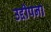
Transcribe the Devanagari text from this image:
उद्दीपना